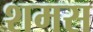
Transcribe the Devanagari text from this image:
शमस